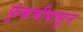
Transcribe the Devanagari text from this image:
फुंकणीपासून